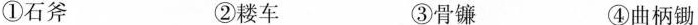
①石斧 ②耧车 ③骨镰 ④曲柄锄